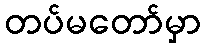
တပ်မတော်မှာ